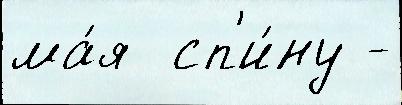
ма́я  сп'и́ну -